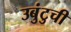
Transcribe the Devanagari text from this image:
उबुंटुची